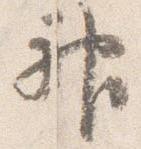
神